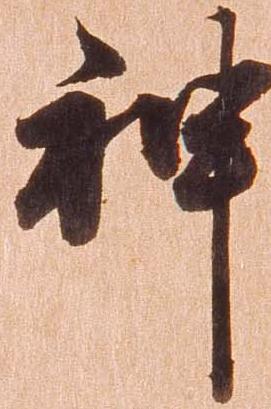
神